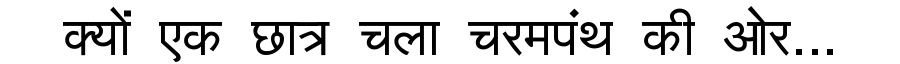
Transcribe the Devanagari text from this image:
क्यों एक छात्र चला चरमपंथ की ओर...